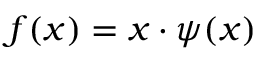
f ( x ) = x \cdot \psi ( x )